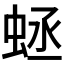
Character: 𧊴